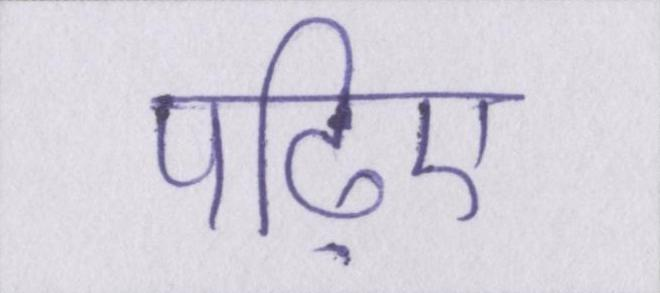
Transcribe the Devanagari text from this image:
पढ़िए